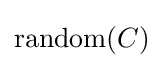
\operatorname {random} (C)